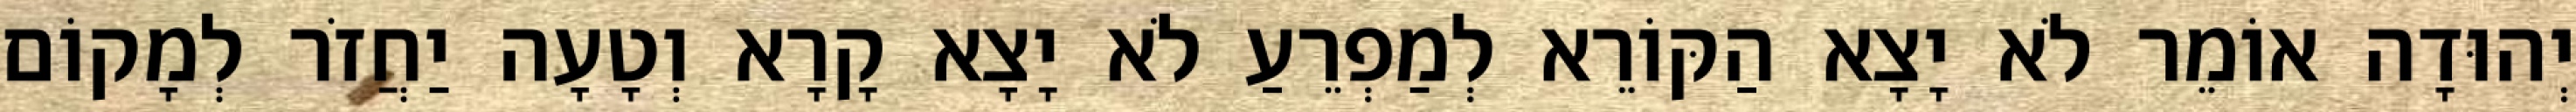
יְהוּדָה אוֹמֵר לֹא יָצָא הַקּוֹרֵא לְמַפְרֵעַ לֹא יָצָא קָרָא וְטָעָה יַחֲזֹר לְמָקוֹם